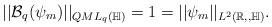
LaTeX: \begin{align*}||\mathcal{B}_q(\psi_m)||_{QML_q(\mathbb{H})}=1=||\psi_m||_{L^2(\mathbb{R,,\mathbb{H}})}.\end{align*}